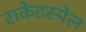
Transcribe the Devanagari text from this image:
राकेटस्पेल